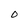
Character: o